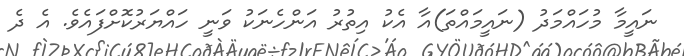
ނައީމާ މުހައްމަދު (ނައީމައްތަ)އާ އެކު އިތުރު އަންހެނަކު ވަނީ ހައްޔަރުކޮށްފައެވެ. އެ ދެ